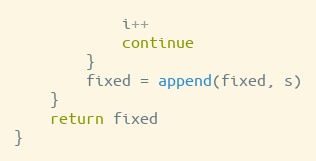
Language: Go
			i++
			continue
		}
		fixed = append(fixed, s)
	}
	return fixed
}